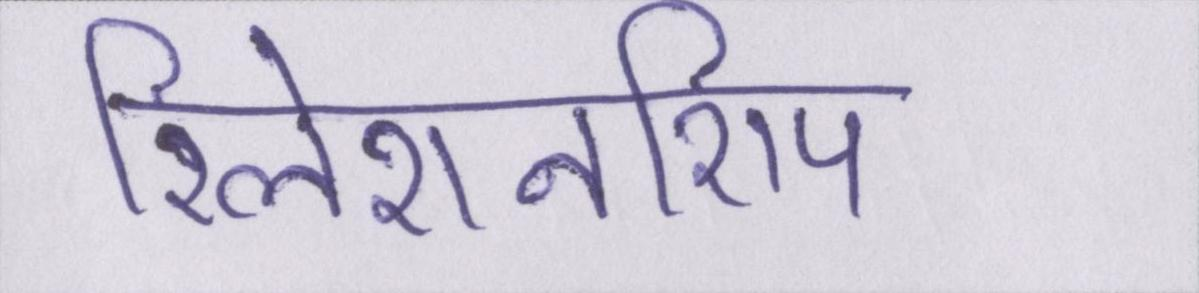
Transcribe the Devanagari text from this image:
रिलेशनशिप